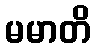
မမာတိ